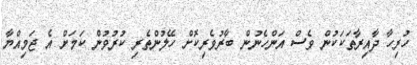
ހުރިހާ ދާއިރާތަކަކުން ވެސް އަންހެނުން ބާރުވެރިކޮށް ހޭލުންތެރި ކުރުވުން ކަމަށް އެ ޖަމިއްޔާ